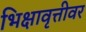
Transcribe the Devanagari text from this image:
भिक्षावृत्तीवर